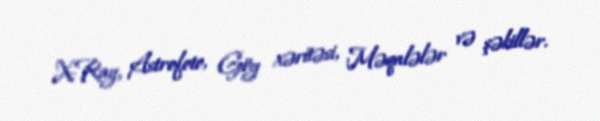
X-Ray, Astrofoto, Göy xəritəsi, Məqalələr və şəkillər.